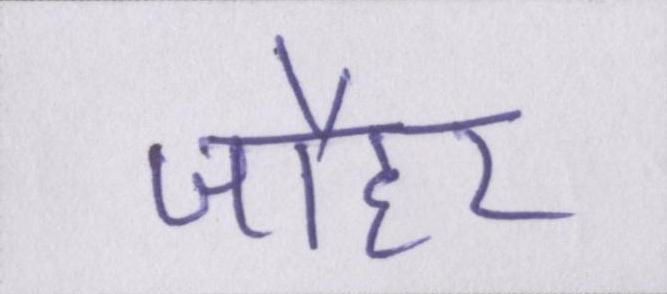
जौहर